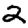
Digit: 2